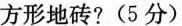
方形地砖？(5分)